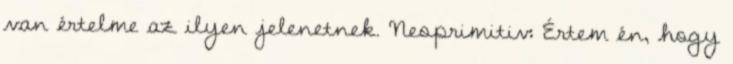
van értelme az ilyen jelenetnek. Neoprimitiv: Értem én, hogy